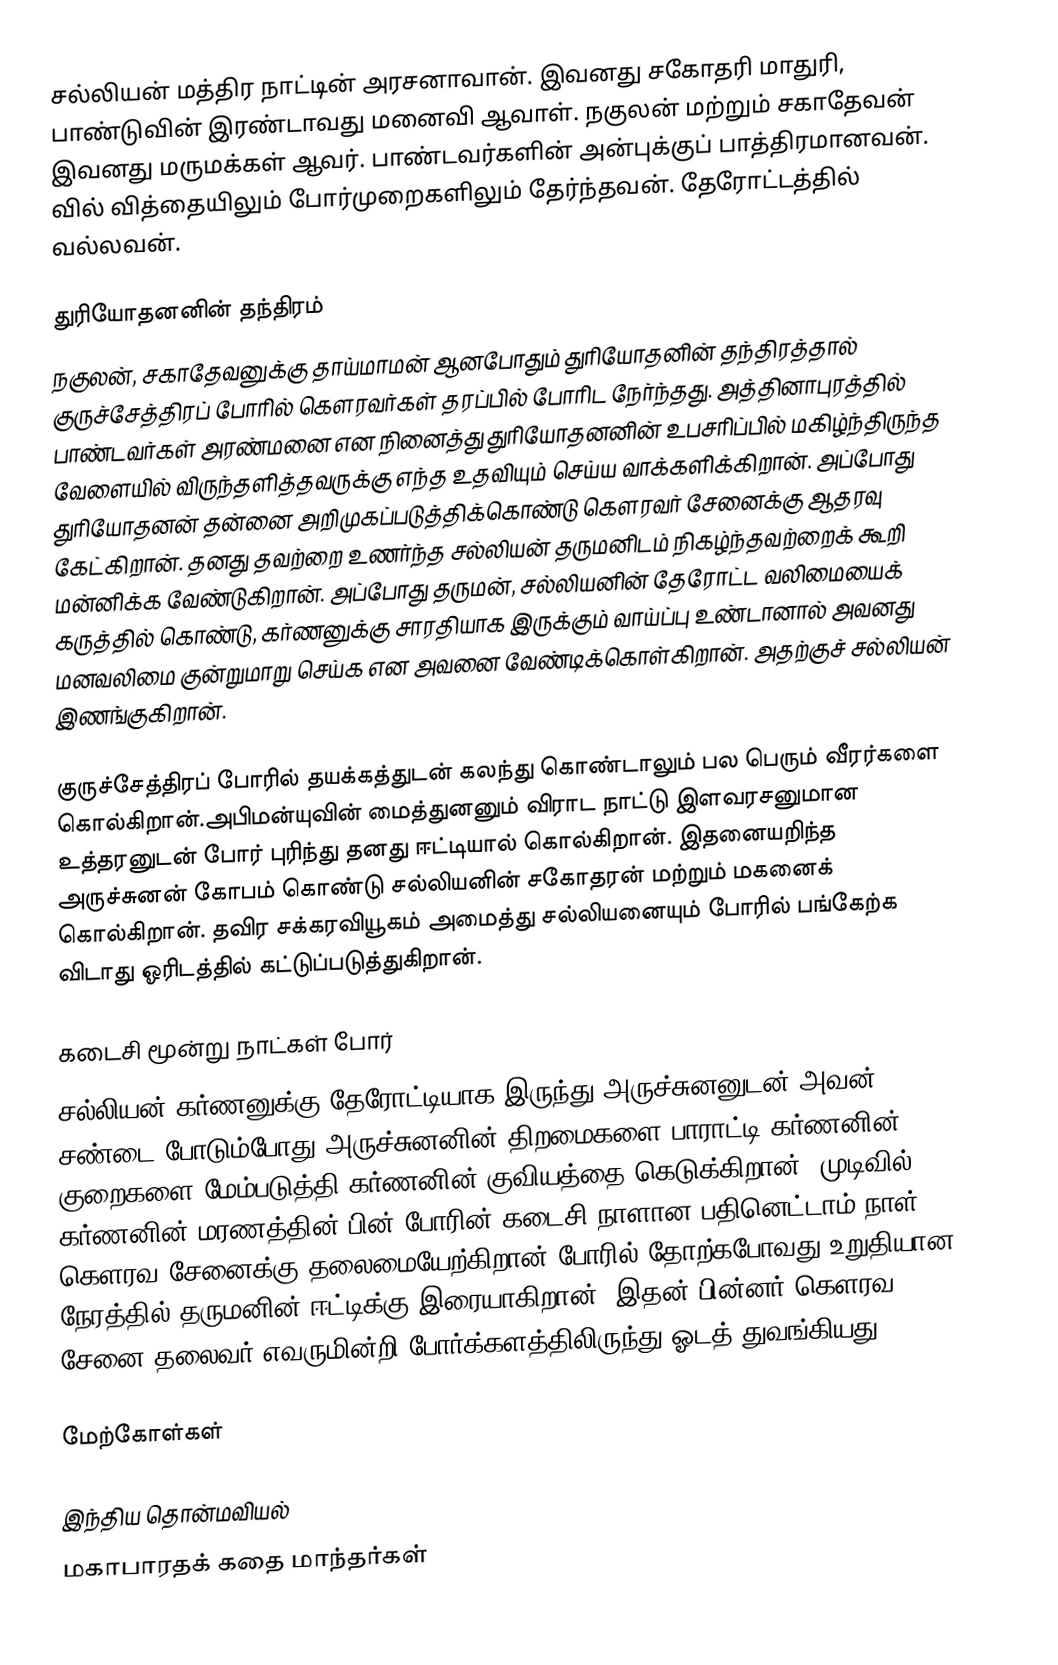
சல்லியன் மத்திர நாட்டின் அரசனாவான். இவனது சகோதரி மாதுரி, பாண்டுவின் இரண்டாவது மனைவி ஆவாள். நகுலன் மற்றும் சகாதேவன் இவனது மருமக்கள் ஆவர். பாண்டவர்களின் அன்புக்குப் பாத்திரமானவன். வில் வித்தையிலும் போர்முறைகளிலும் தேர்ந்தவன். தேரோட்டத்தில் வல்லவன்.

துரியோதனனின் தந்திரம்
நகுலன், சகாதேவனுக்கு தாய்மாமன் ஆனபோதும் துரியோதனின் தந்திரத்தால் குருச்சேத்திரப் போரில் கௌரவர்கள் தரப்பில் போரிட நேர்ந்தது. அத்தினாபுரத்தில் பாண்டவர்கள் அரண்மனை என நினைத்து துரியோதனனின் உபசரிப்பில் மகிழ்ந்திருந்த வேளையில் விருந்தளித்தவருக்கு எந்த உதவியும் செய்ய வாக்களிக்கிறான். அப்போது துரியோதனன் தன்னை அறிமுகப்படுத்திக்கொண்டு கௌரவர் சேனைக்கு ஆதரவு கேட்கிறான். தனது தவற்றை உணர்ந்த சல்லியன் தருமனிடம் நிகழ்ந்தவற்றைக் கூறி மன்னிக்க வேண்டுகிறான். அப்போது தருமன், சல்லியனின் தேரோட்ட வலிமையைக் கருத்தில் கொண்டு,  கர்ணனுக்கு  சாரதியாக இருக்கும் வாய்ப்பு உண்டானால் அவனது மனவலிமை குன்றுமாறு செய்க என அவனை வேண்டிக்கொள்கிறான். அதற்குச் சல்லியன் இணங்குகிறான்.

 குருச்சேத்திரப் போரில் தயக்கத்துடன் கலந்து கொண்டாலும் பல பெரும் வீரர்களை கொல்கிறான்.அபிமன்யுவின் மைத்துனனும் விராட நாட்டு இளவரசனுமான உத்தரனுடன் போர் புரிந்து தனது ஈட்டியால் கொல்கிறான். இதனையறிந்த அருச்சுனன் கோபம் கொண்டு சல்லியனின் சகோதரன் மற்றும் மகனைக் கொல்கிறான். தவிர சக்கரவியூகம் அமைத்து சல்லியனையும் போரில் பங்கேற்க விடாது ஓரிடத்தில் கட்டுப்படுத்துகிறான்.

கடைசி மூன்று நாட்கள் போர்
சல்லியன் கர்ணனுக்கு தேரோட்டியாக இருந்து அருச்சுனனுடன் அவன் சண்டை போடும்போது அருச்சுனனின் திறமைகளை பாராட்டி கர்ணனின் குறைகளை மேம்படுத்தி கர்ணனின் குவியத்தை கெடுக்கிறான். முடிவில் கர்ணனின் மரணத்தின் பின் போரின் கடைசி நாளான பதினெட்டாம் நாள் கௌரவ சேனைக்கு தலைமையேற்கிறான் போரில் தோற்கபோவது உறுதியான நேரத்தில் தருமனின் ஈட்டிக்கு இரையாகிறான். இதன் பின்னர் கௌரவ சேனை தலைவர் எவருமின்றி போர்க்களத்திலிருந்து ஓடத் துவங்கியது.

மேற்கோள்கள்

இந்திய தொன்மவியல்
மகாபாரதக் கதை மாந்தர்கள்